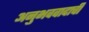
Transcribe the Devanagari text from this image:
अनुभववादाची